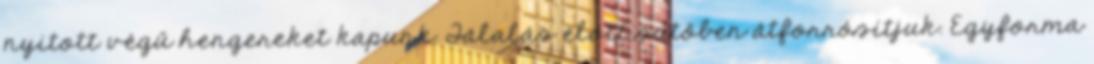
nyitott végű hengereket kapunk. Tálalás előtt sütőben átforrósítjuk. Egyforma